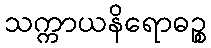
သက္ကာယနိရောဓဉ္စ